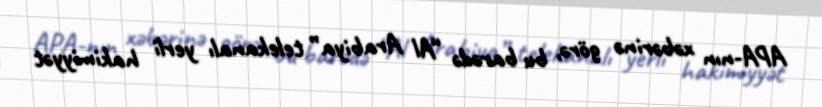
APA-nın xəbərinə görə, bu barədə “Al Arabiya” telekanalı yerli hakimiyyət